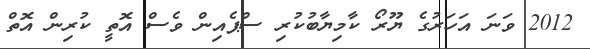
2012 ވަނަ އަހަރުގެ ޔޫރޯ ކާމިޔާބުކުރި ސްޕެއިން ވެސް އޮތީ ކުރިން އޮތް